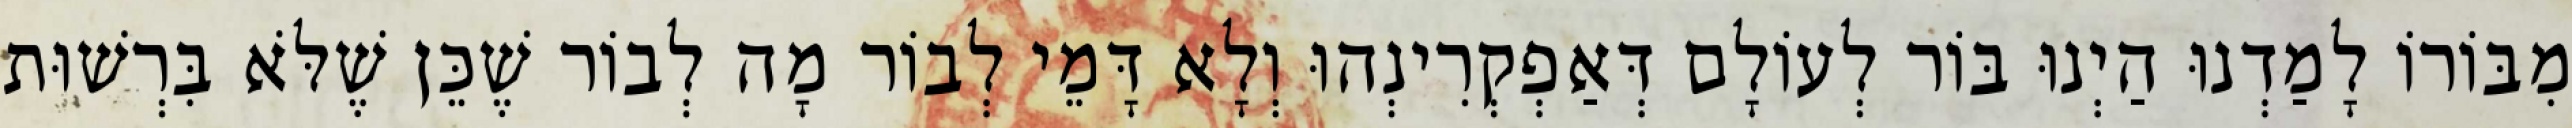
מִבּוֹרוֹ לָמַדְנוּ הַיְנוּ בּוֹר לְעוֹלָם דְּאַפְקְרִינְהוּ וְלָא דָּמֵי לְבוֹר מָה לְבוֹר שֶׁכֵּן שֶׁלֹּא בִּרְשׁוּת